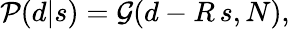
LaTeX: {\mathcal{P}}(d|s)={\mathcal{G}}(d-R\, s,N),